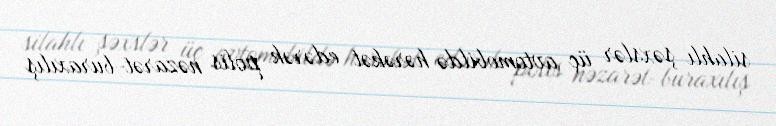
silahlı şəxslər üç avtomobildə hərəkət edərək polis nəzarət-buraxılış